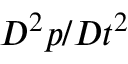
D ^ { 2 } p / D t ^ { 2 }